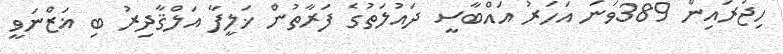
ހިޖުރައިން 389ވަނަ އަހަރު އައްބާސީ ދައުލަތުގެ ފަރާތުން ޚަލީފާ އަލްޤާދިރު ބި ޣަޒްނަވީ